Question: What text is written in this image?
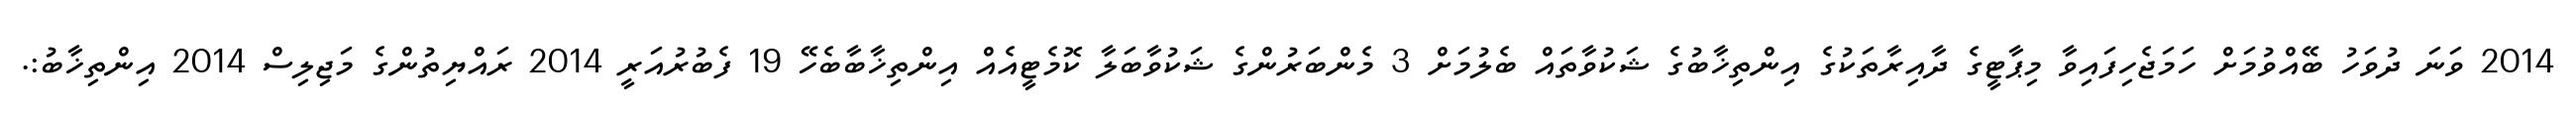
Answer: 2014 ވަނަ ދުވަހު ބޭއްވުމަށް ހަމަޖެހިފައިވާ މިޕާޓީގެ ދާއިރާތަކުގެ އިންތިޚާބުގެ ޝަކުވާތައް ބެލުމަށް 3 މެންބަރުންގެ ޝަކުވާބަލާ ކޮމެޓީއެއް އިންތިޚާބާބެހޭ 19 ފެބުރުއަރީ 2014 ރައްޔިތުންގެ މަޖިލިސް 2014 އިންތިޚާބު:.